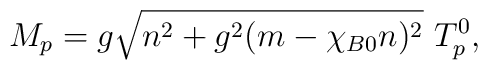
M_p = g \sqrt{n^2 + g^2 (m - \chi_{B0} n)^2} ~T^0_p,